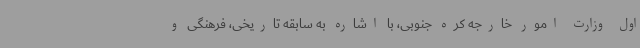
اول وزارت امور خارجه کره جنوبی، با اشاره به سابقه تاریخی، فرهنگی و